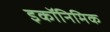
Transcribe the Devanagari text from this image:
इकॉनिमिक